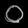
Digit: ၀